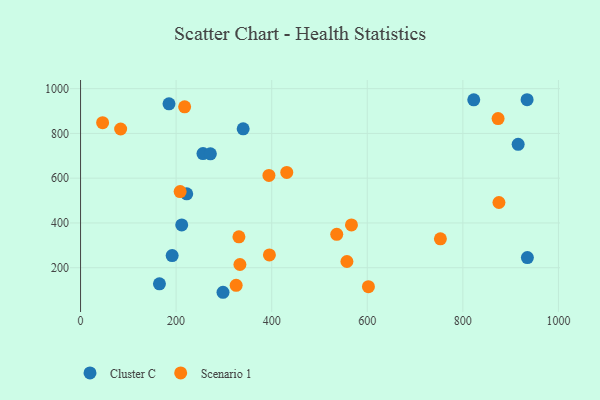
{"axis": {"x": "Ad Spend", "y": "Yield"}, "legend": ["Cluster C", "Scenario 1"], "data": [{"x": "211.7", "y": 391.2, "type": "Cluster C"}, {"x": "185.1", "y": 932.2, "type": "Cluster C"}, {"x": "191.7", "y": 254.2, "type": "Cluster C"}, {"x": "256.2", "y": 709.7, "type": "Cluster C"}, {"x": "915.7", "y": 751.3, "type": "Cluster C"}, {"x": "271.7", "y": 708.9, "type": "Cluster C"}, {"x": "340.3", "y": 820.4, "type": "Cluster C"}, {"x": "935.0", "y": 245.3, "type": "Cluster C"}, {"x": "934.4", "y": 950.5, "type": "Cluster C"}, {"x": "165.1", "y": 128.1, "type": "Cluster C"}, {"x": "822.8", "y": 950.1, "type": "Cluster C"}, {"x": "298.1", "y": 90.2, "type": "Cluster C"}, {"x": "222.2", "y": 530.2, "type": "Cluster C"}, {"x": "333.5", "y": 214.2, "type": "Scenario 1"}, {"x": "395.2", "y": 257.0, "type": "Scenario 1"}, {"x": "536.1", "y": 349.3, "type": "Scenario 1"}, {"x": "46.2", "y": 847.9, "type": "Scenario 1"}, {"x": "873.7", "y": 866.5, "type": "Scenario 1"}, {"x": "753.0", "y": 328.8, "type": "Scenario 1"}, {"x": "557.4", "y": 227.8, "type": "Scenario 1"}, {"x": "875.5", "y": 491.4, "type": "Scenario 1"}, {"x": "566.9", "y": 390.9, "type": "Scenario 1"}, {"x": "217.8", "y": 918.8, "type": "Scenario 1"}, {"x": "394.2", "y": 612.5, "type": "Scenario 1"}, {"x": "208.4", "y": 540.3, "type": "Scenario 1"}, {"x": "325.6", "y": 121.4, "type": "Scenario 1"}, {"x": "83.9", "y": 819.8, "type": "Scenario 1"}, {"x": "602.4", "y": 115.2, "type": "Scenario 1"}, {"x": "331.4", "y": 337.9, "type": "Scenario 1"}, {"x": "431.5", "y": 625.9, "type": "Scenario 1"}]}